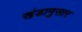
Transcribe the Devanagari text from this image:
खंडानुसार